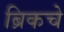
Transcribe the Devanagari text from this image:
ब्रिकचे